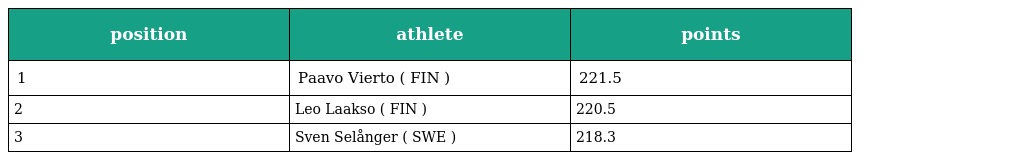
| position | athlete | points |
 | --- | --- | --- |
 | 1 | Paavo Vierto ( FIN ) | 221.5 |
 | 2 | Leo Laakso ( FIN ) | 220.5 |
 | 3 | Sven Selånger ( SWE ) | 218.3 |